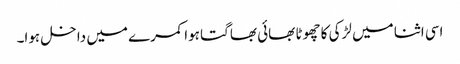
اسی اثنا میں لڑکی کا چھوٹا بھائی بھاگتا ہوا کمرے میں داخل ہوا۔